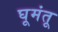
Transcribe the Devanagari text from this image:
घूमंतू